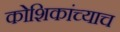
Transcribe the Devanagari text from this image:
कोशिकांच्याच